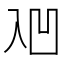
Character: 𰄑